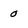
Character: 0